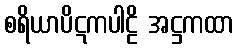
စရိယာပိဋကပါဠိ အဋ္ဌကထာ